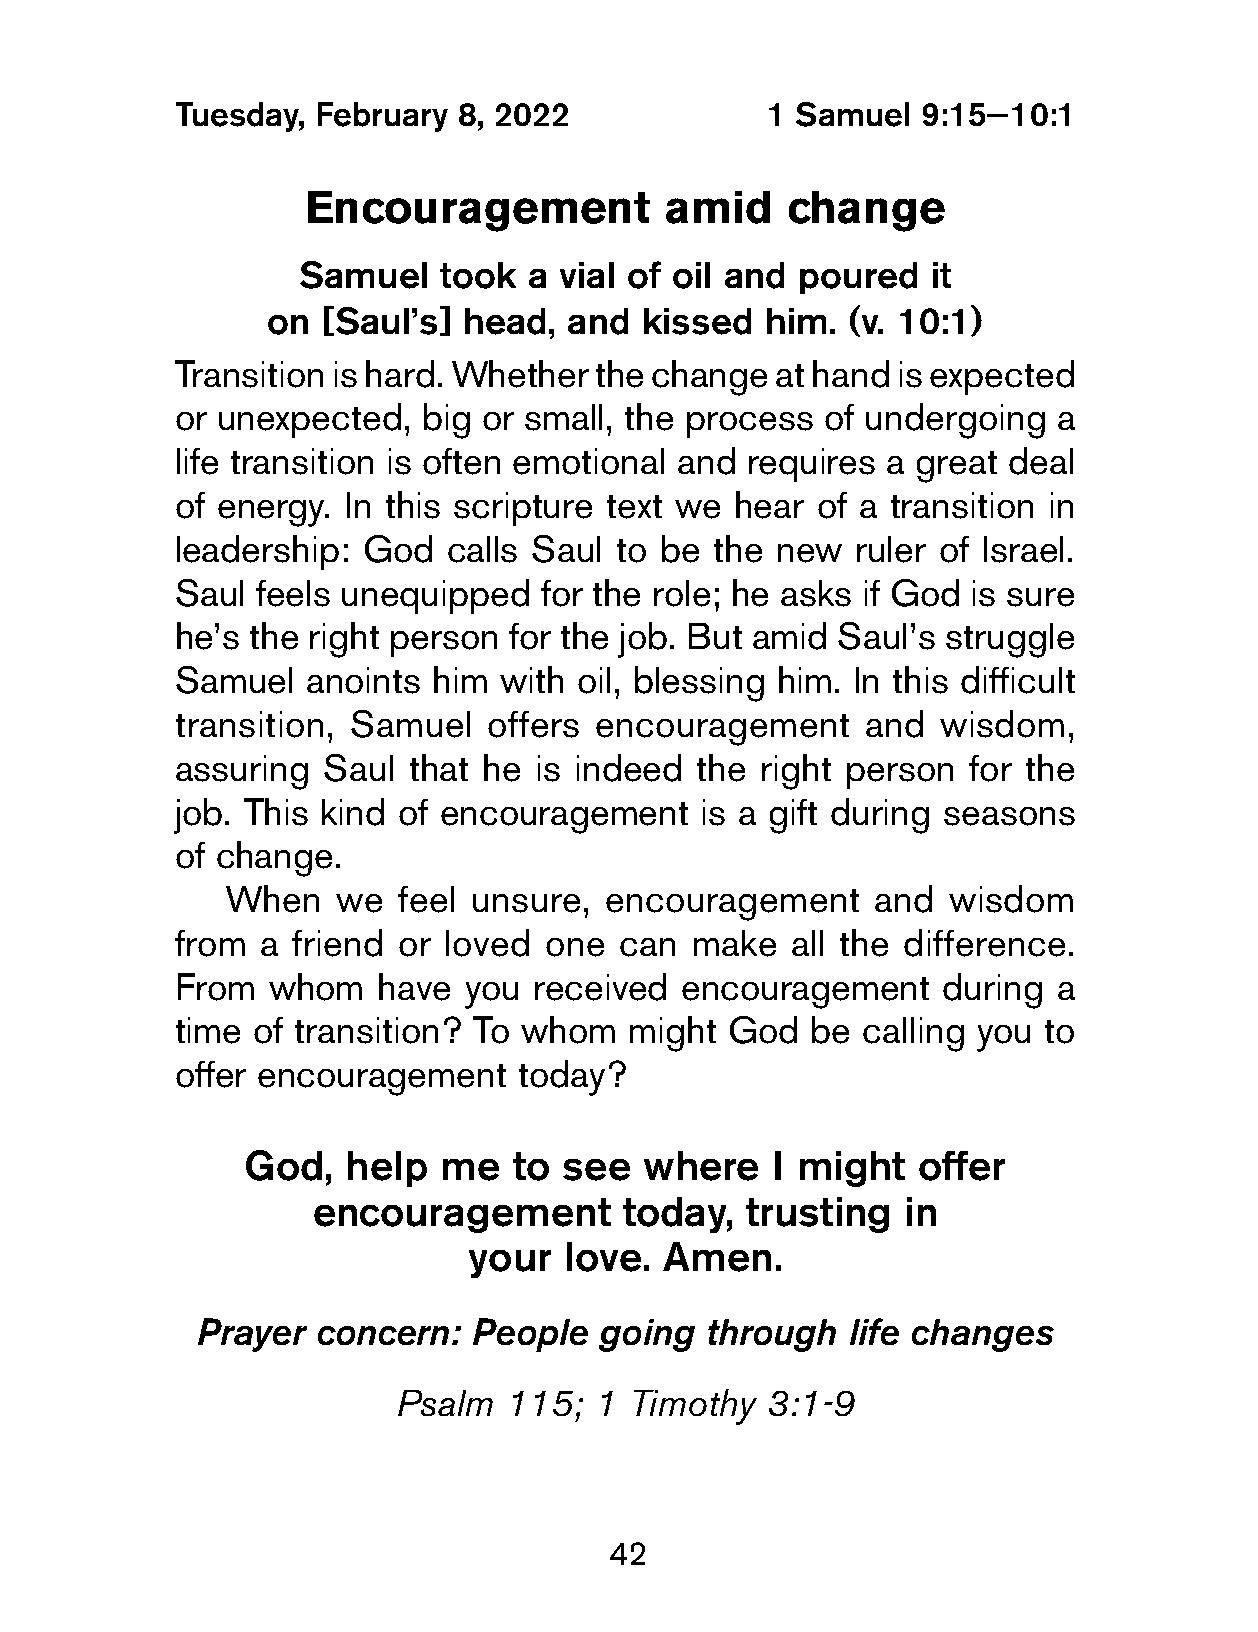
Tuesday,  February 8, 2022              1 Samuel  9:15—10:1
 Encouragement           amid    change
 Samuel   took  a vial of oil and poured  it
 on [Saul’s]  head, and  kissed   him. (v. 10:1)
 Transition is hard. Whether the change  at hand is expected
 or unexpected,   big or small, the process of undergoing   a
 life transition is often emotional and requires a great deal
 of energy.  In this scripture text we hear of a transition in
 leadership:  God   calls Saul to be the new   ruler of Israel.
 Saul  feels unequipped   for the role; he asks if God is sure
 he’s the right person  for the job. But amid Saul’s struggle
 Samuel   anoints  him with oil, blessing him. In this difficult
 transition, Samuel   offers encouragement     and  wisdom,
 assuring  Saul  that he is indeed  the right person  for the
 job. This kind of encouragement    is a gift during seasons
 of change.
 When   we  feel unsure,  encouragement     and  wisdom
 from  a friend or loved  one  can  make  all the difference.
 From   whom   have  you received  encouragement    during  a
 time  of transition? To whom  might  God   be calling you to
 offer encouragement    today?
 God,   help  me   to see  where    I might   offer
 encouragement       today,  trusting   in
 your  love.  Amen.
 Prayer  concern:  People   going  through  life changes
 Psalm  115;  1  Timothy  3:1-9
 42